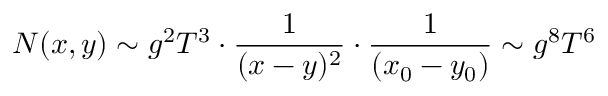
N ( x , y ) \sim g ^ { 2 } T ^ { 3 } \cdot { \frac { 1 } { ( x - y ) ^ { 2 } } } \cdot { \frac { 1 } { ( x _ { 0 } - y _ { 0 } ) } } \sim g ^ { 8 } T ^ { 6 }